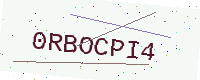
Text: 0RBOCPI4